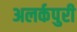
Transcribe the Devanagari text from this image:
अलर्कपुरी